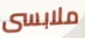
ملابسى